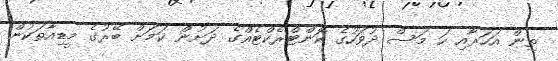
ތިން އަހަރާއި ހަ މަސް ދުވަހުގެ ކޮންޓްރެކްޓެއްގެ ދަށުން ކަމަށް ބޭރުގެ މީޑިއާތަކުން